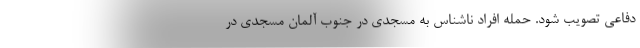
دفاعی تصویب شود. حمله افراد ناشناس به مسجدی در جنوب آلمان مسجدی در